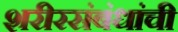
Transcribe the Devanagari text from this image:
शरीरसंबंधांची